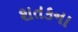
શતકના